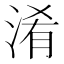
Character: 淆